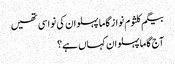
بیگم کلثوم نواز گاما پہلوان کی نواسی تھیں
آج گاما پہلوان کہاں ہے؟